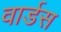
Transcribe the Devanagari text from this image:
वार्डस